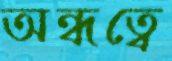
অন্ধত্বে